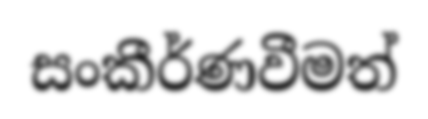
සංකීර්ණවීමත්